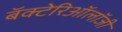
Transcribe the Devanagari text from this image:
बॅक्टेरिऑलॉजी